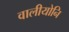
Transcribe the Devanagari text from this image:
वालीयोनि